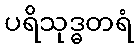
ပရိသုဒ္ဓတရံ